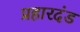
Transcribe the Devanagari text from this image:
प्रहारदंड